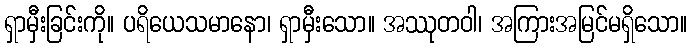
ရှာမှီးခြင်းကို။ ပရိယေသမာနော၊ ရှာမှီးသော။ အဿုတဝါ၊ အကြားအမြင်မရှိသော။